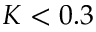
K < 0 . 3